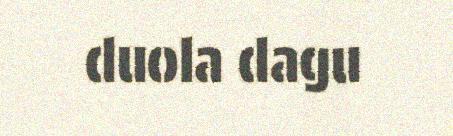
duola dagu